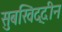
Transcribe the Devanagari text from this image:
सुबखिद्दीन